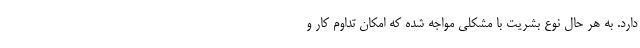
دارد. به هر حال نوع بشریت با مشکلی مواجه شده که امکان تداوم کار و